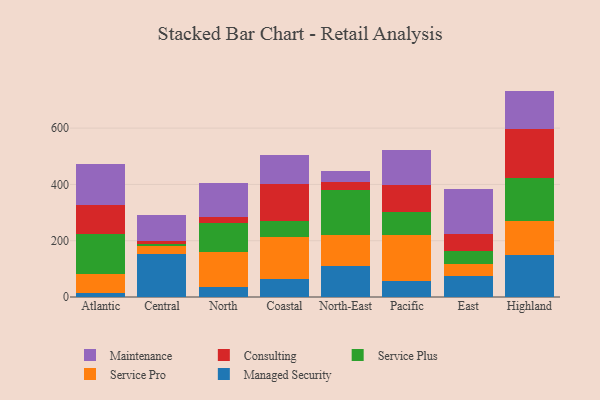
{"axis": {"x": "Region", "y": "LTV (USD)"}, "legend": ["Consulting", "Maintenance", "Managed Security", "Service Plus", "Service Pro"], "data": [{"x": "Atlantic", "y": 14.1, "type": "Managed Security"}, {"x": "Atlantic", "y": 69.4, "type": "Service Pro"}, {"x": "Atlantic", "y": 139.0, "type": "Service Plus"}, {"x": "Atlantic", "y": 103.5, "type": "Consulting"}, {"x": "Atlantic", "y": 145.0, "type": "Maintenance"}, {"x": "Central", "y": 154.1, "type": "Managed Security"}, {"x": "Central", "y": 25.8, "type": "Service Pro"}, {"x": "Central", "y": 8.5, "type": "Service Plus"}, {"x": "Central", "y": 9.1, "type": "Consulting"}, {"x": "Central", "y": 93.7, "type": "Maintenance"}, {"x": "North", "y": 35.7, "type": "Managed Security"}, {"x": "North", "y": 125.9, "type": "Service Pro"}, {"x": "North", "y": 101.5, "type": "Service Plus"}, {"x": "North", "y": 22.7, "type": "Consulting"}, {"x": "North", "y": 118.8, "type": "Maintenance"}, {"x": "Coastal", "y": 62.9, "type": "Managed Security"}, {"x": "Coastal", "y": 149.7, "type": "Service Pro"}, {"x": "Coastal", "y": 57.5, "type": "Service Plus"}, {"x": "Coastal", "y": 130.0, "type": "Consulting"}, {"x": "Coastal", "y": 103.2, "type": "Maintenance"}, {"x": "North-East", "y": 109.4, "type": "Managed Security"}, {"x": "North-East", "y": 109.2, "type": "Service Pro"}, {"x": "North-East", "y": 160.5, "type": "Service Plus"}, {"x": "North-East", "y": 29.5, "type": "Consulting"}, {"x": "North-East", "y": 40.0, "type": "Maintenance"}, {"x": "Pacific", "y": 57.7, "type": "Managed Security"}, {"x": "Pacific", "y": 162.3, "type": "Service Pro"}, {"x": "Pacific", "y": 81.7, "type": "Service Plus"}, {"x": "Pacific", "y": 94.6, "type": "Consulting"}, {"x": "Pacific", "y": 126.0, "type": "Maintenance"}, {"x": "East", "y": 76.1, "type": "Managed Security"}, {"x": "East", "y": 41.1, "type": "Service Pro"}, {"x": "East", "y": 47.4, "type": "Service Plus"}, {"x": "East", "y": 60.3, "type": "Consulting"}, {"x": "East", "y": 157.8, "type": "Maintenance"}, {"x": "Highland", "y": 148.0, "type": "Managed Security"}, {"x": "Highland", "y": 121.1, "type": "Service Pro"}, {"x": "Highland", "y": 155.0, "type": "Service Plus"}, {"x": "Highland", "y": 174.5, "type": "Consulting"}, {"x": "Highland", "y": 133.8, "type": "Maintenance"}]}